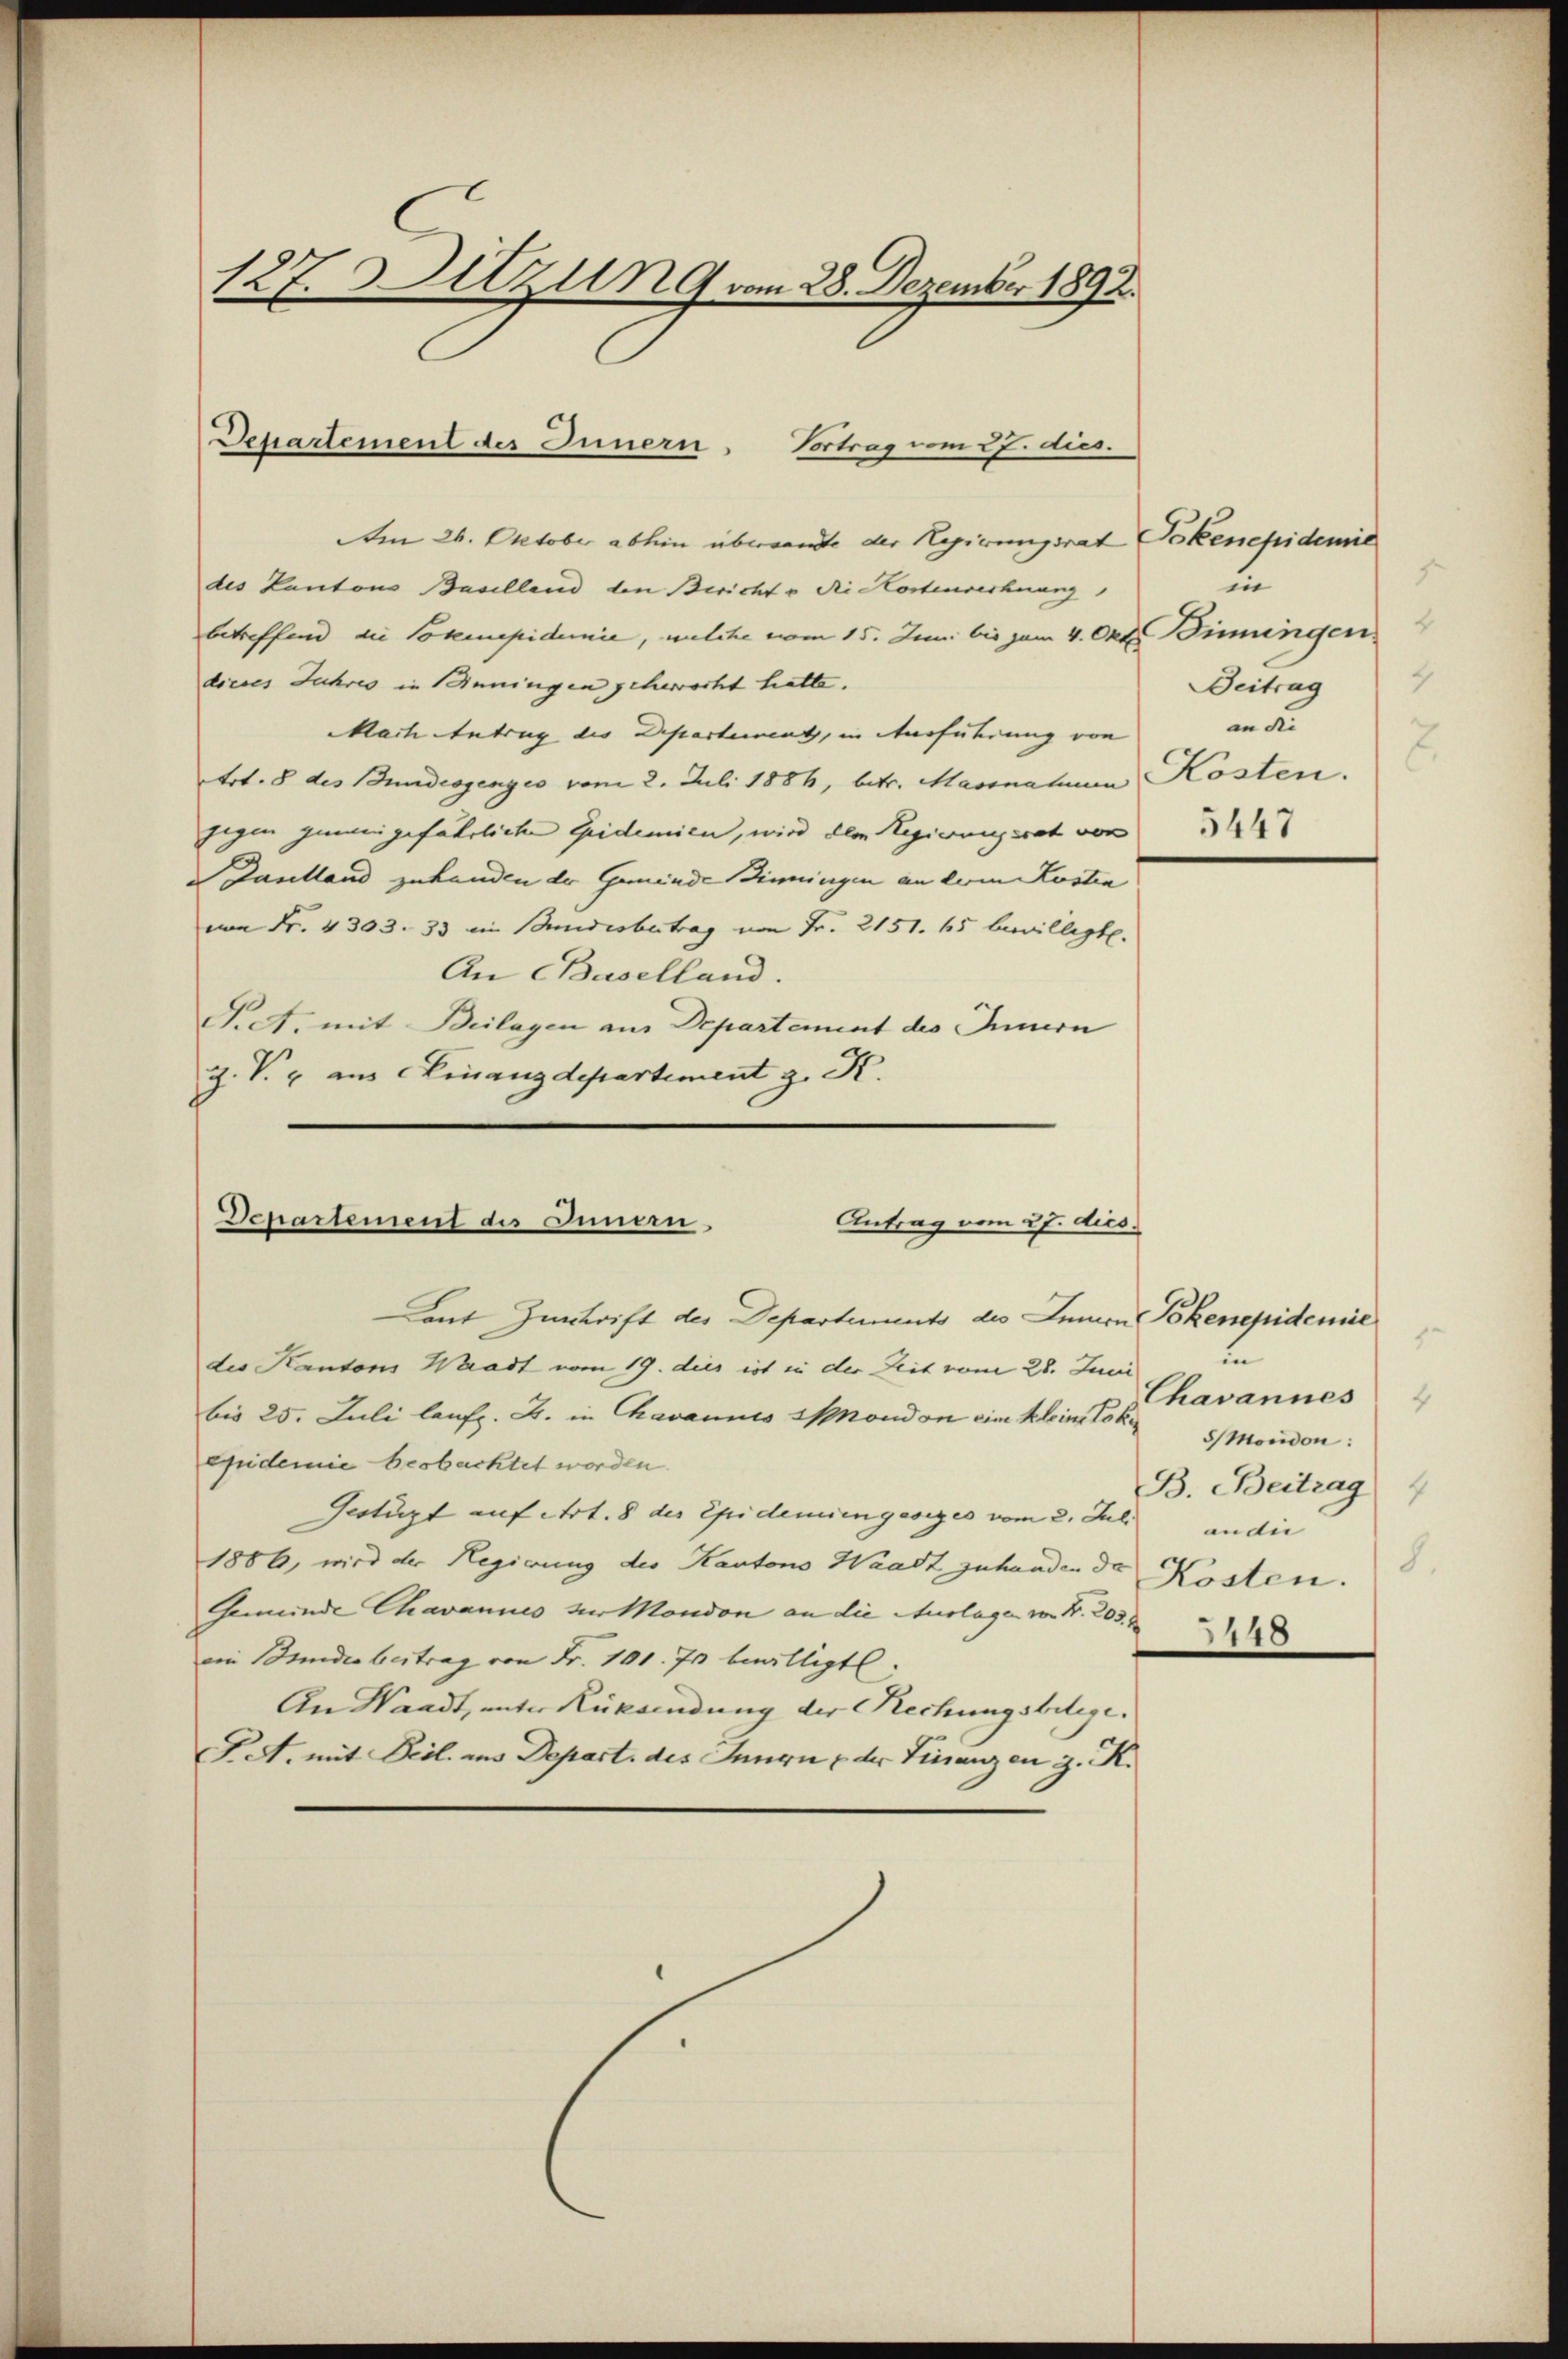
127. Sitzung vom 28. Dezember 1892.

Am 26. Oktober abhin übersende der Regierungsrat Dokenepidemie
des Kantons Baselland den Bericht u. die Kostenrechnung
betreffend die Sokmepidemie, welche vom 15. Juni bis zum 4. Okt. Biningen
dieses Jahres in inningen geherrscht hatte.
Mach Antrag des Departement, in Ausführung von
Art. 8 des Bundesgenges vom 2. Juli 1886, betr. Massnahmen Kosten.
Eigen gemeingefährliche Epidemien, wird der Regierungsrat von
 Danelland zuhanden der Gemeinde Zinningen an dem Kosten
von Fr. 4303. 33 ein Bundesbertrag von Fr. 2151. 65 bewilligt.
An Baselland.
T. A. mit Beilagen aus Departement des Innern
z. V. u. aus Chinanzdepartement z. K.

Departement des Innern. Vortrag vom 27. dies.

Laut Zentrift des Departements des Innen Bekenepidemie
des Kantons Waadt vom 19. dies ist in der Zeit vom 28. Juni
bis 25. Juli laufz. B. in Chavannes Mondon eine kleine Loka
epidemie beobachtet worden.
Gestüzt auf Art. 8 des Epidemiengesiges vom 2. Juli
1886, wird der Regierung des Kantons Waadt zuhanden de Kosten.
Gemeinde Chavannes zu Mondon an die Auslage von Nr. 2036
ein Bundesbeitrag von Fr. 101. Es bewilligt.
An Waadt, unter Rücksendung der Rechungsbelege.
PA. mit Biel. aus Depart. des Innen & der Finanzen z. K.

Departement des Innern
Antrag vom 27. dies.

in
Beitrag
an 22.
5447

in
Chavannes
Mocidon:
B. Beitrag
an die
8.
3448